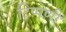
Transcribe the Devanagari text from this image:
टिप्पणीं